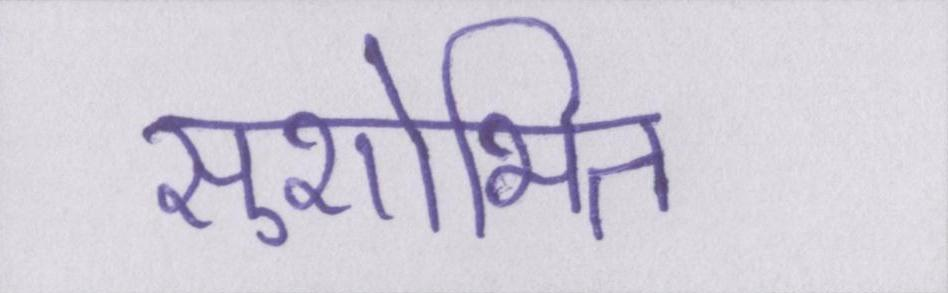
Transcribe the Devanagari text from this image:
सुशोभित